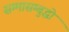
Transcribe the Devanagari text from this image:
सम्मासम्बुद्धो